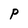
Character: P